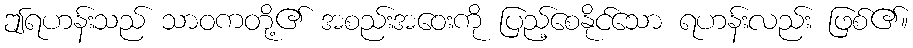
ဤရဟန်းသည် သာဝကတို့၏ အစည်းအဝေးကို ပြည့်စေနိုင်သော ရဟန်းလည်း ဖြစ်၏။